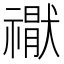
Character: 𮂘